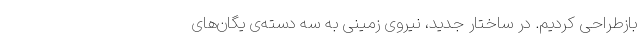
بازطراحی کردیم. در ساختار جدید، نیروی زمینی به سه دسته‌ی یگان‌های